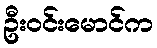
ဦးဝင်းမောင်က